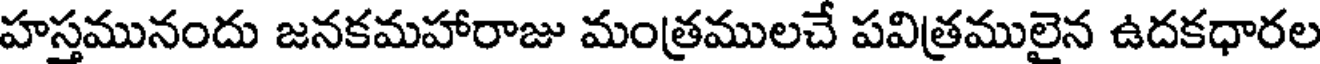
హస్తమునందు జనకమహారాజు మంత్రములచే పవిత్రములైన ఉదకధారల